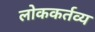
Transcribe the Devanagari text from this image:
लोककर्तव्य